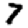
Digit: 7